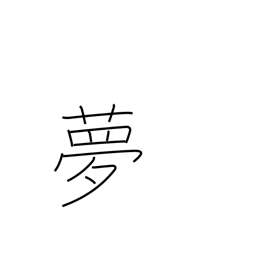
Meaning: vision